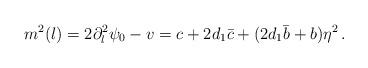
LaTeX: \begin{align*}m^2(l)=2\partial_l^2\psi_0-v=c+2d_1\bar{c}+(2d_1\bar{b}+b)\eta^2\,.\end{align*}